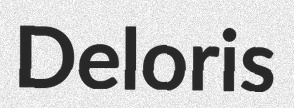
Deloris